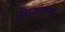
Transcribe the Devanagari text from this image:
बेळगांवासह